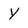
Character: Y